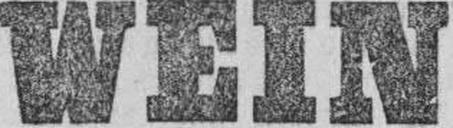
WEIN